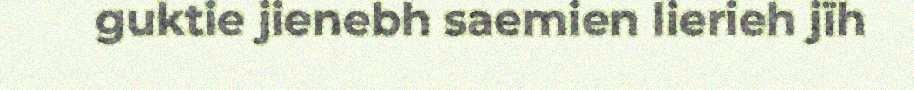
guktie jienebh saemien lierieh jïh